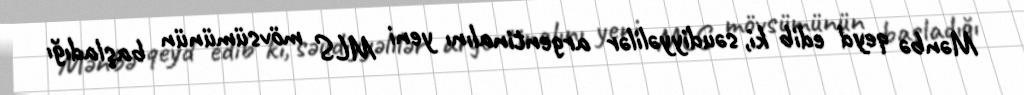
Mənbə qeyd edib ki, səudiyyəlilər argentinalını yeni MLS mövsümünün başladığı